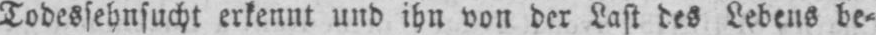
Todessehnsucht erkennt und ihn von der Last des Lebens be⸗